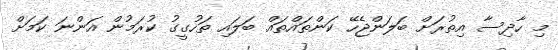
މި ހާދިސާ އިތުރަށް ބަލަންޖެހޭ ކަންތައްތައް ބަލައި ތަހުގީގު ކުރަމުން އަންނަ ކަމަށް